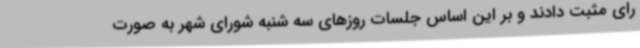
رای مثبت دادند و بر این اساس جلسات روزهای سه شنبه شورای شهر به صورت